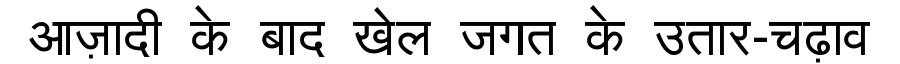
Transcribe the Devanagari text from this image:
आज़ादी के बाद खेल जगत के उतार-चढ़ाव